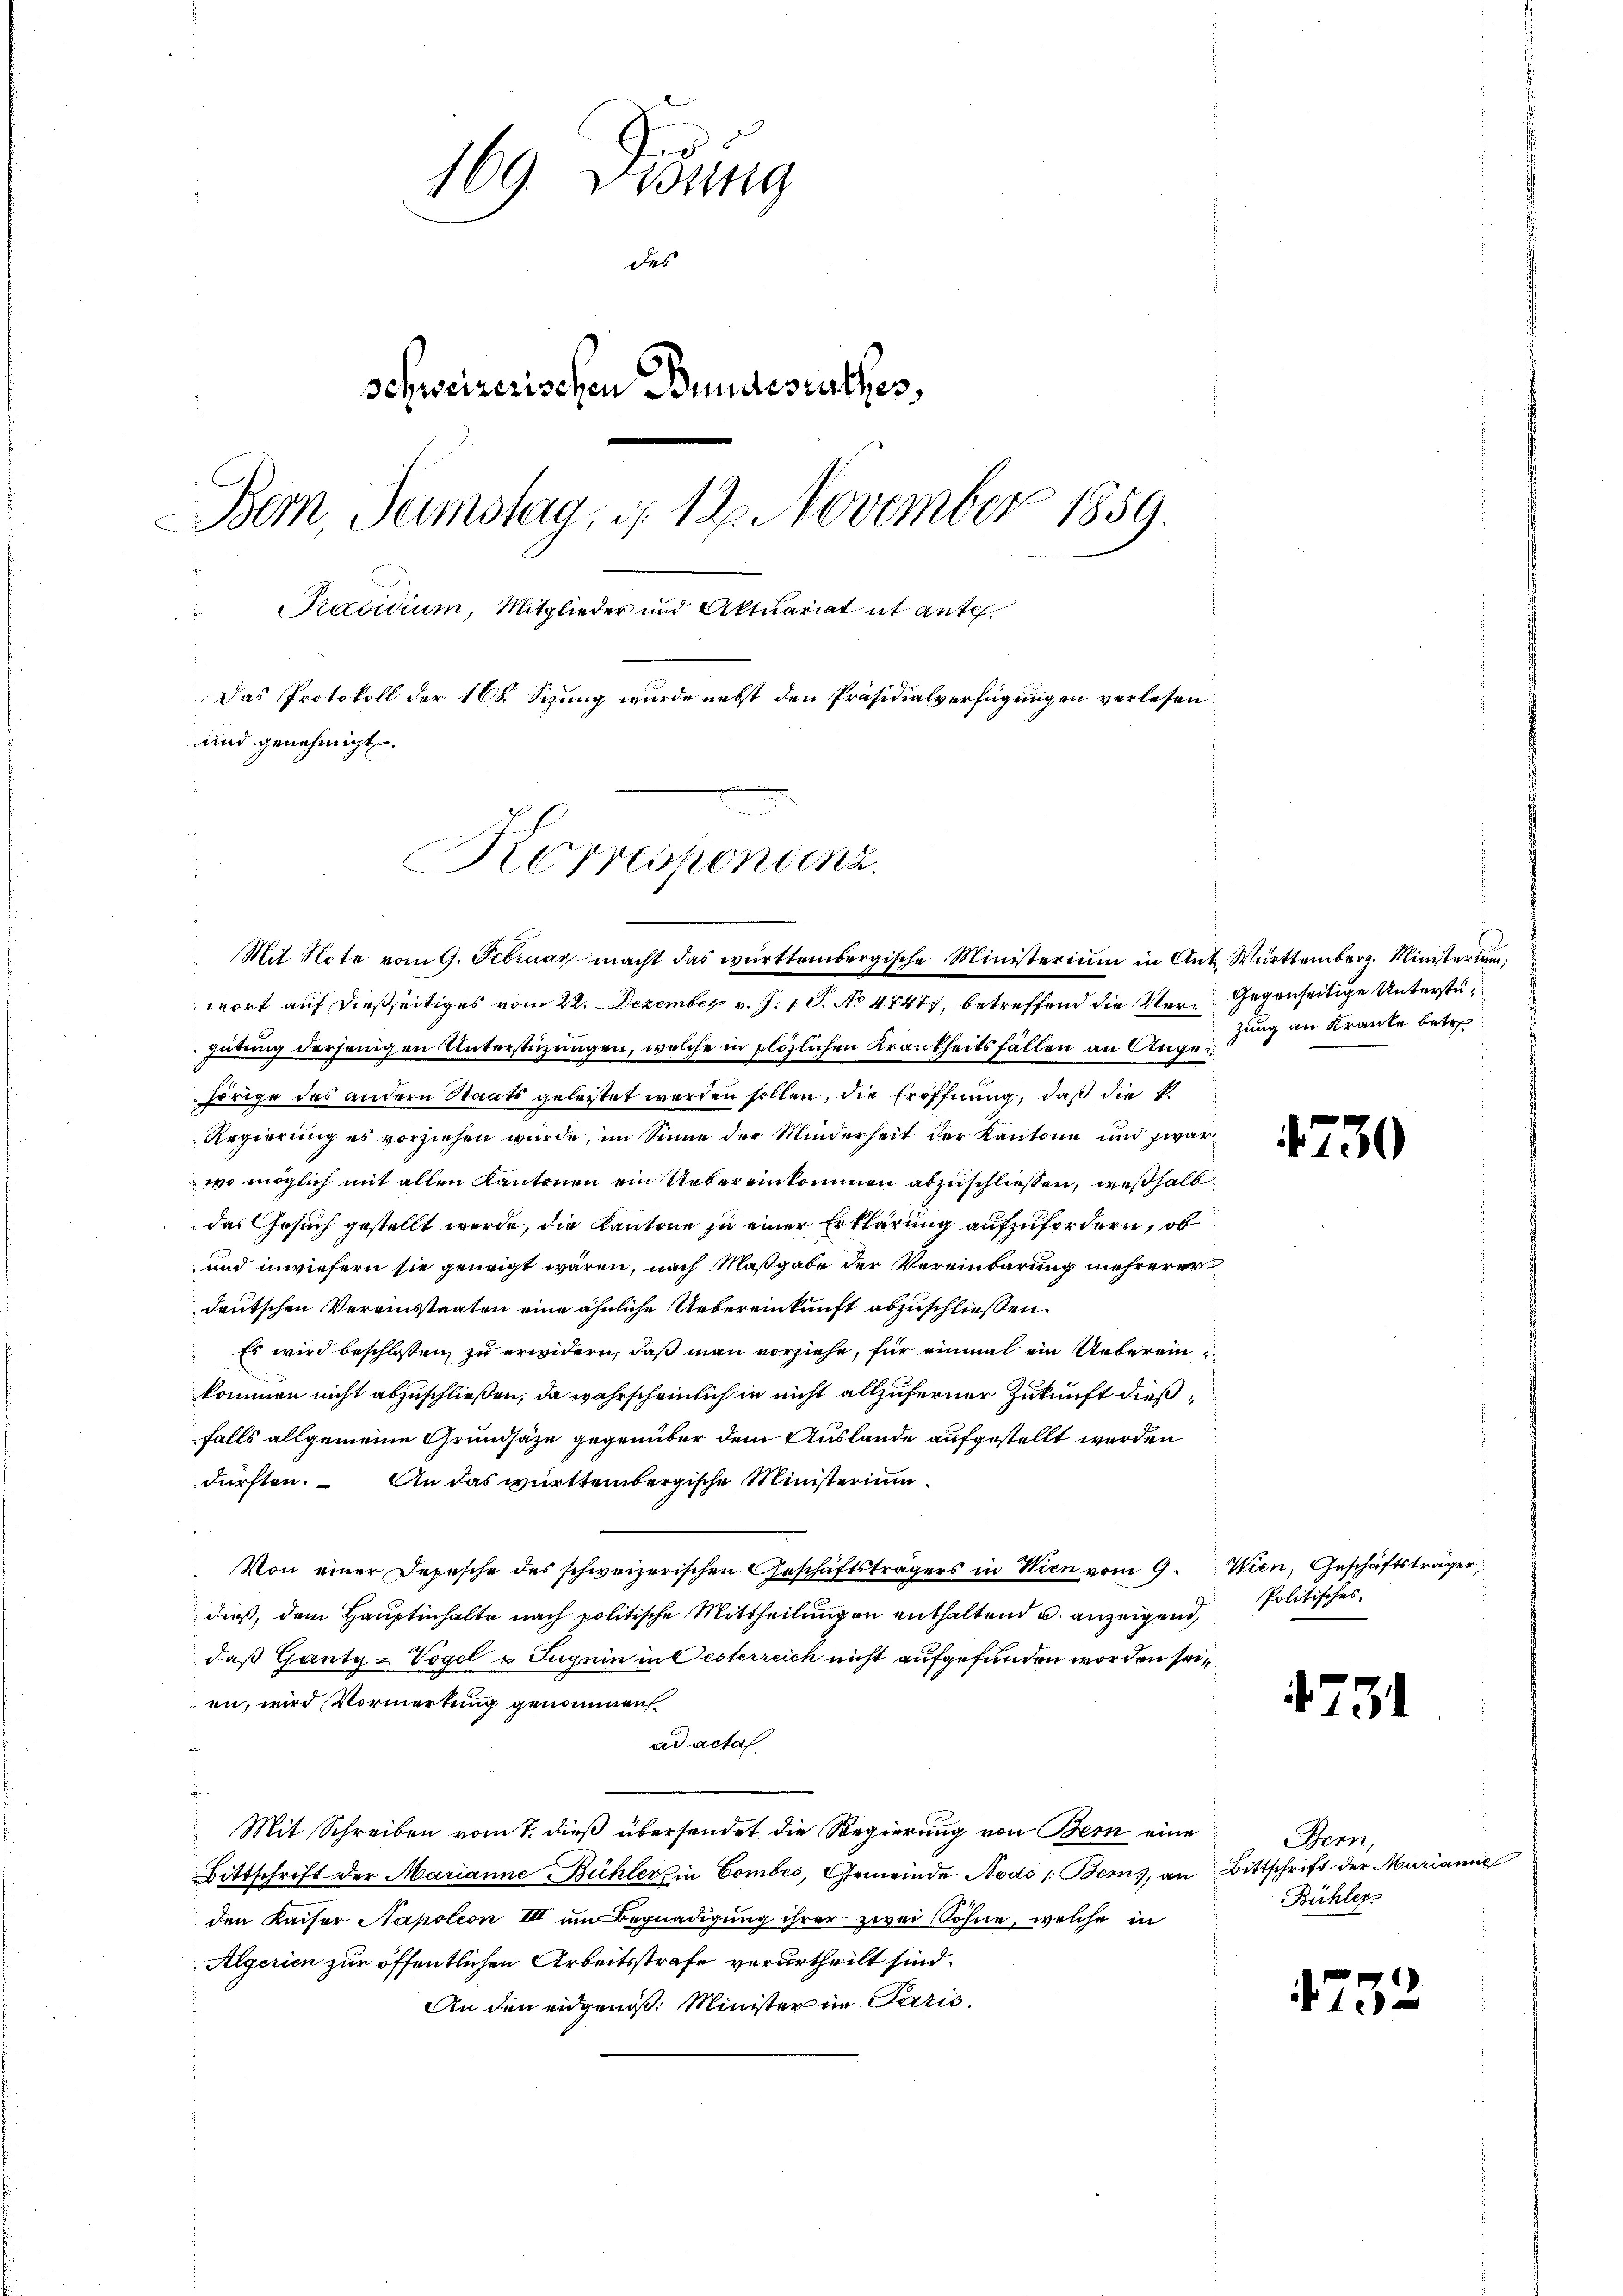
169 Didung
des
schweizerischen Bundesrathes,
Bern, Samstag, d. 12. November 1859.
Praesidium, Mitglieder und Aktuariat et ante.
d
Das Protokoll der 168. Sizung wurde nebst den Präsidialverfügungen verlesen
und genehmigt.
Korrespondenz.

Mit Note vom 9. Februar macht das württembergische Ministerium in Ant. Württemberg. Ministerium

wort auf dießseitiges vom 22. Dezember v. J. 1 S. No 48477, betreffend die Ver-Gegenseitige Unterstü¬

gütung derjenigen Unterstüzungen, welche in plözlichen Krankheitsfällen an Angehörige des andern Staats geleistet werden sollen, die Eröffnung, daß die kl
Regierung es vorziehen wurde, im Sinne der Minderheit der Kantone und zwar
wo möglich mit allen Kantonen ein Uebereinkommen abzuschliessen, weßhalb
das Gesuch gestellt werde, die Kantone zu einer Erklärung aufzufordern, ob
und inwiefern sie geneigt wären, nach Maßgabe der Vereinbarung mehrerer
deutschen Vereinsstaaten eine ähnliche Uebereinkunft abzuschließen.
Es wird beschlossen, zu erwidern, daß man vorziehe, für einmal ein Uebereinkommen nicht abzuschließen, da wahrscheinlich in nicht allzuferner Zukunft dießfalls allgemeine Grundsaze gegenüber dem Auslande aufgestellt werden
dürften. An das württembergische Ministerium
Von einer Depesche des schweizerischen Geschäftsträgers in Wien vom 9. Wien, Geschäftsträger
dieß, dem Hauptinhalte nach politische Mittheilungen enthaltend u. anzeigend,
daß Gantz-Vogel u Jugein in Oesterreich nicht aufgefunden worden sei,
en, wird Vormerkung genommen.
ad acta
s
Mit Schreiben vom 7. dieß übersendet die Regierung von Bern eine
Bittschrift der Marianne Bühlers in Combés, Gemeinde Nodo /:Bems, an Bittschrift der Marianne
den Kaiser Napoleon III und Begnadigung ihrer zwei Söhne, welche in
Algerien zur öffentlichen Arbeitsstrafe verurtheilt sind.
An den eidgenöß. Minister in Paris.

zung an Kranke betr

1730

Politisches.

473

Bern,
Bühler

4752